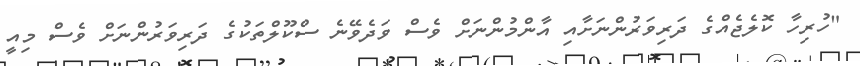
"ހުރިހާ ކޮލެޖެއްގެ ދަރިވަރުންނަށާއި އާންމުންނަށް ވެސް ވަދެވޭނެ ސްކޫލްތަކުގެ ދަރިވަރުންނަށް ވެސް މިއީ